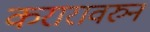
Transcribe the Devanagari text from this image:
करारावरुन